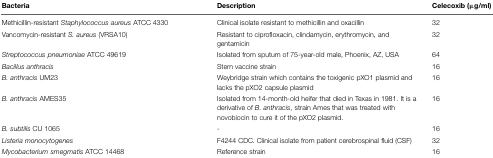
<table><thead><tr><td><b>Bacteria</b></td><td><b>Description</b></td><td><b>Celecoxib (μg/ml)</b></td></tr></thead><tbody><tr><td>Methicillin-resistant <i>Staphylococcus aureus</i> ATCC 4330</td><td>Clinical isolate resistant to methicillin and oxacillin</td><td>32</td></tr><tr><td>Vancomycin-resistant <i>S. aureus</i> (VRSA10)</td><td>Resistant to ciprofloxacin, clindamycin, erythromycin, and gentamicin</td><td>32</td></tr><tr><td><i>Streptococcus pneumoniae</i> ATCC 49619</td><td>Isolated from sputum of 75-year-old male, Phoenix, AZ, USA</td><td>64</td></tr><tr><td><i>Bacillus anthracis</i></td><td>Stern vaccine strain</td><td>16</td></tr><tr><td><i>B. anthracis</i> UM23</td><td>Weybridge strain which contains the toxigenic pXO1 plasmid and lacks the pXO2 capsule plasmid</td><td>16</td></tr><tr><td><i>B. anthracis</i> AMES35</td><td>Isolated from 14-month-old heifer that died in Texas in 1981. It is a derivative of <i>B. anthracis</i>, strain Ames that was treated with novobiocin to cure it of the pXO2 plasmid.</td><td>16</td></tr><tr><td><i>B. subtilis</i> CU 1065</td><td>-</td><td>16</td></tr><tr><td><i>Listeria monocytogenes</i></td><td>F4244 CDC. Clinical isolate from patient cerebrospinal fluid (CSF)</td><td>32</td></tr><tr><td><i>Mycobacterium smegmatis</i> ATCC 14468</td><td>Reference strain</td><td>16</td></tr></tbody></table>